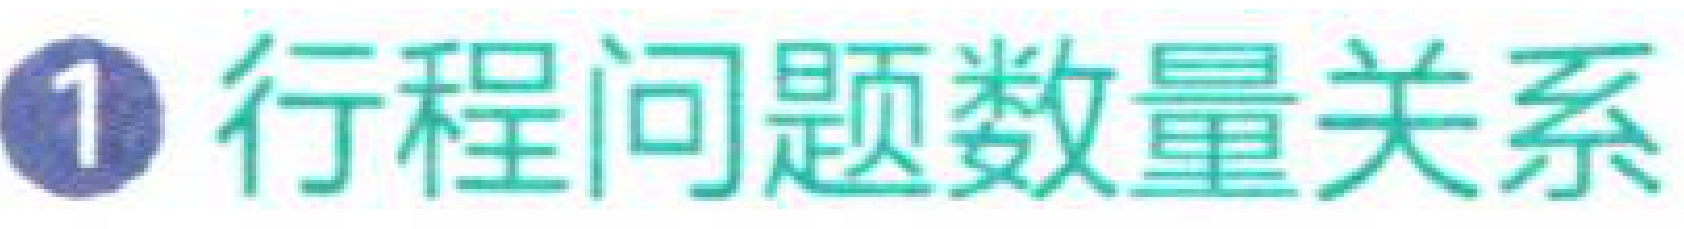
\textcircled{1} 行程问题数量关系